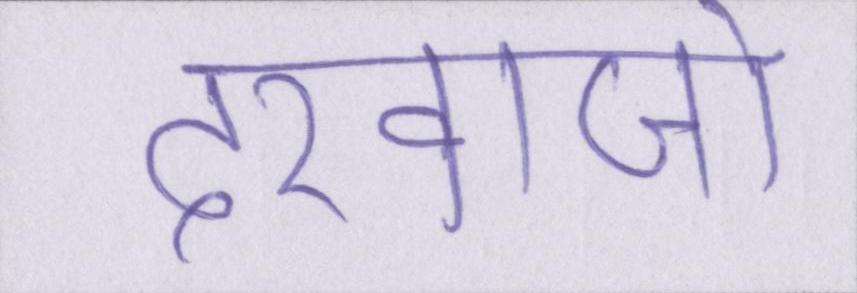
दरवाजो